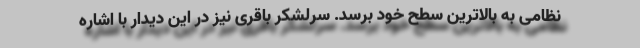
نظامی به بالاترین سطح خود برسد. سرلشکر باقری نیز در این دیدار با اشاره